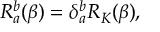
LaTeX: R _ { a } ^ { b } ( \beta ) = \delta _ { a } ^ { b } R _ { K } ( \beta ) ,